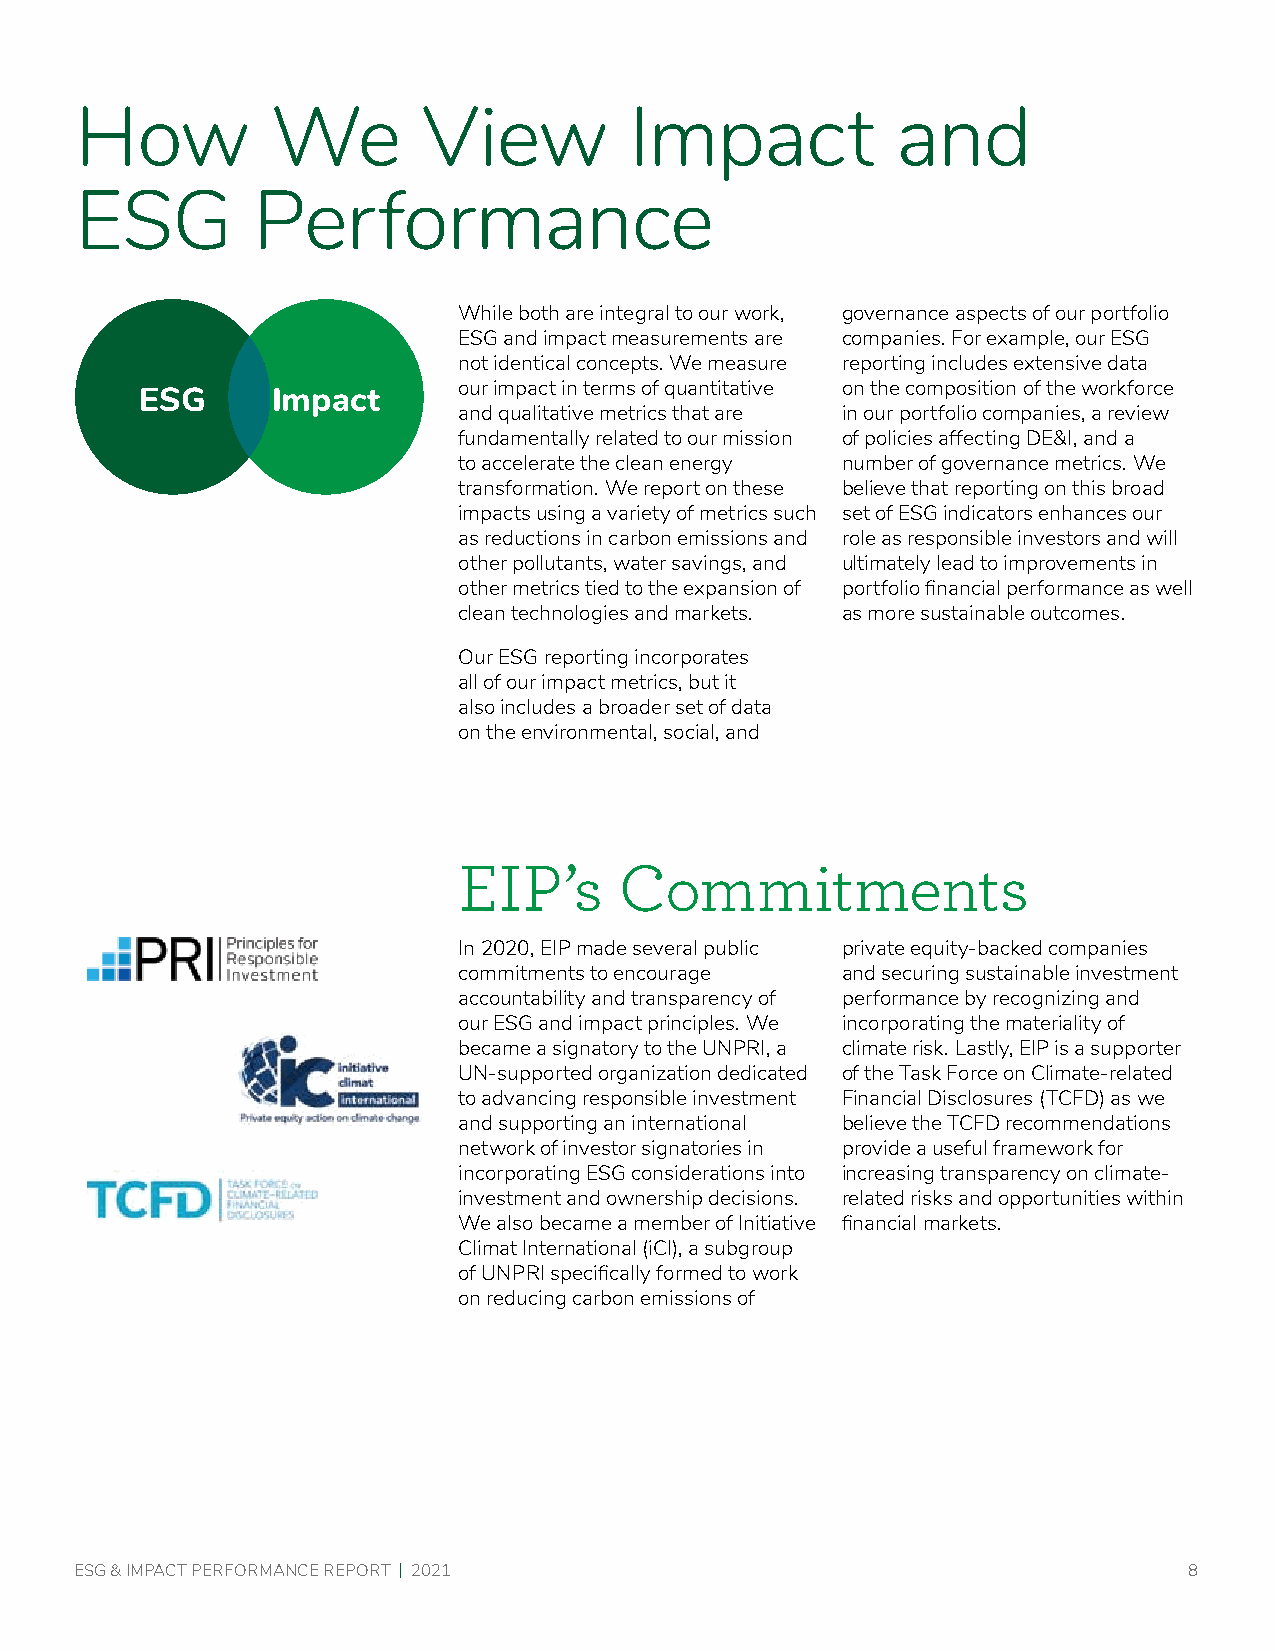
How          We        View          Impact           and
 ESG         Performance
 While both are integral to our work, governance aspects of our portfolio
 ESG and impact measurements are companies. For example, our ESG
 not identical concepts. We measure reporting includes extensive data
 our impact in terms of quantitative on the composition of the workforce
 ESG      Impact
 and qualitative metrics that are in our portfolio companies, a review
 fundamentally related to our mission of policies affecting DE&I, and a
 to accelerate the clean energy number of governance metrics. We
 transformation. We report on these believe that reporting on this broad
 impacts using a variety of metrics such set of ESG indicators enhances our
 as reductions in carbon emissions and role as responsible investors and will
 other pollutants, water savings, and ultimately lead to improvements in
 other metrics tied to the expansion of portfolio financial performance as well
 clean technologies and markets. as more sustainable outcomes.
 Our ESG reporting incorporates
 all of our impact metrics, but it
 also includes a broader set of data
 on the environmental, social, and
 EIP’s      Commitments
 In 2020, EIP made several public private equity-backed companies
 commitments to encourage  and securing sustainable investment
 accountability and transparency of performance by recognizing and
 our ESG and impact principles. We incorporating the materiality of
 became a signatory to the UNPRI, a climate risk. Lastly, EIP is a supporter
 UN-supported organization dedicated of the Task Force on Climate-related
 to advancing responsible investment Financial Disclosures (TCFD) as we
 and supporting an international believe the TCFD recommendations
 network of investor signatories in provide a useful framework for
 incorporating ESG considerations into increasing transparency on climate-
 investment and ownership decisions. related risks and opportunities within
 We also became a member of Initiative financial markets.
 Climat International (iCl), a subgroup
 of UNPRI specifically formed to work
 on reducing carbon emissions of
 ESG & IMPACT PERFORMANCE REPORT | 2021                                    8